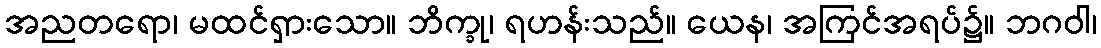
အညတရော၊ မထင်ရှားသော။ ဘိက္ခု၊ ရဟန်းသည်။ ယေန၊ အကြင်အရပ်၌။ ဘဂဝါ၊